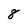
Character: 8